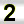
Digit: 2